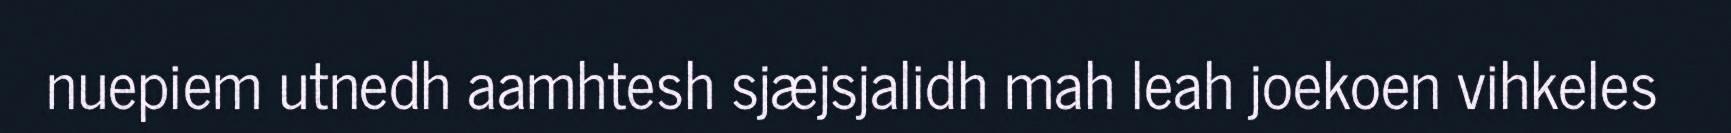
nuepiem utnedh aamhtesh sjæjsjalidh mah leah joekoen vihkeles